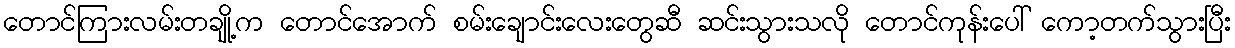
တောင်ကြားလမ်းတချို့က တောင်အောက် စမ်းချောင်းလေးတွေဆီ ဆင်းသွားသလို တောင်ကုန်းပေါ် ကော့တက်သွားပြီး